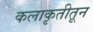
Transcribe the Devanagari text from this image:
कलाकृतीतून